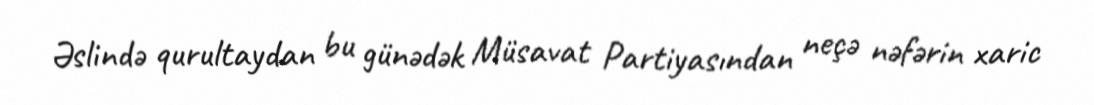
Əslində qurultaydan bu günədək Müsavat Partiyasından neçə nəfərin xaric